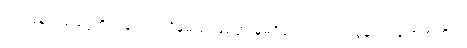
သင့်ပြန်အမ်းငွေကို ပြန်လာရလိမ့်မည် ဖြစ်ပွားမှုမရှိသော်လည်း သွန်သင်ချက်အတိုင်း